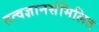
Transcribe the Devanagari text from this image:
तत्वज्ञानसंमिलित